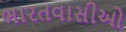
ભારતવાસીઓ